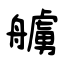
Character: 艣